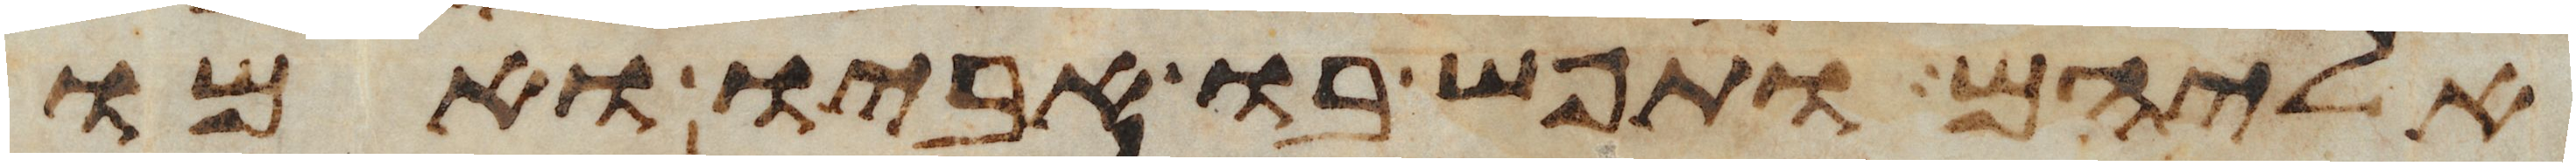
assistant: אליהם ותפש בו אביו ואמו